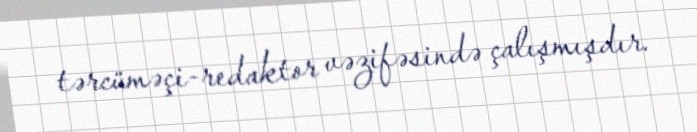
tərcüməçi-redaktor vəzifəsində çalışmışdır.